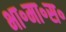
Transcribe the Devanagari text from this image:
भा॰मा॰स॰